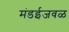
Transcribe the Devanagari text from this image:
मंडईजवळ